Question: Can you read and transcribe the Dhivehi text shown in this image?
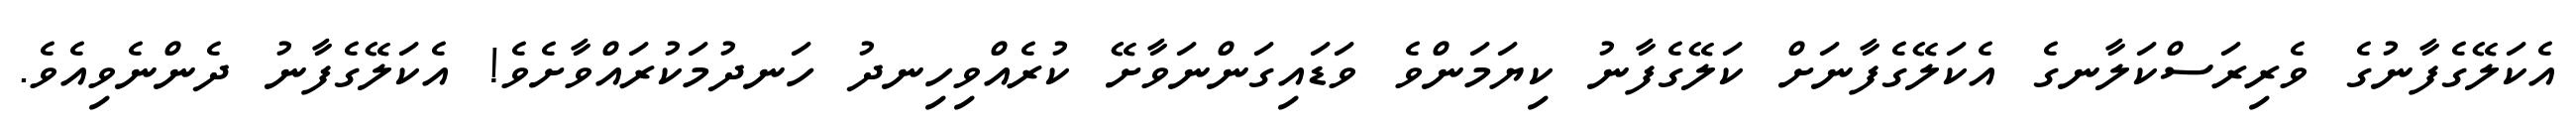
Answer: އެކަލޭގެފާނުގެ ވެރިރަސްކަލާނގެ އެކަލޭގެފާނަށް ކަލޭގެފާނު ކިޔަމަންވެ ވަޑައިގަންނަވާށޭ ކުރެއްވިހިނދު ހަނދުމަކުރައްވާށެވެ! އެކަލޭގެފާނު ދެންނެވިއެވެ.